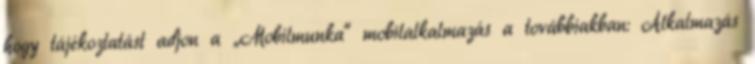
hogy tájékoztatást adjon a „Mobilmunka” mobilalkalmazás a továbbiakban: Alkalmazás